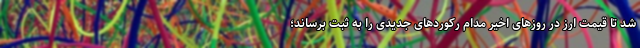
شد تا قیمت ارز در روزهای اخیر مدام رکوردهای جدیدی را به ثبت برساند؛